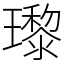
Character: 瓈